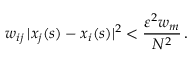
w _ { i j } \, | x _ { j } ( s ) - x _ { i } ( s ) | ^ { 2 } < \frac { \varepsilon ^ { 2 } w _ { m } } { N ^ { 2 } } \, .